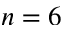
n = 6